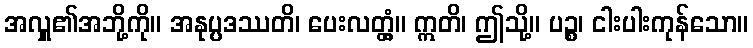
အလှူ၏အဘို့ကို။ အနုပ္ပဒဿတိ၊ ပေးလတ္တံ့။ ဣတိ၊ ဤသို့။ ပဉ္စ၊ ငါးပါးကုန်သော။